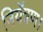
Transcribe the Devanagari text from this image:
नियँत्रण।